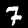
Digit: 7